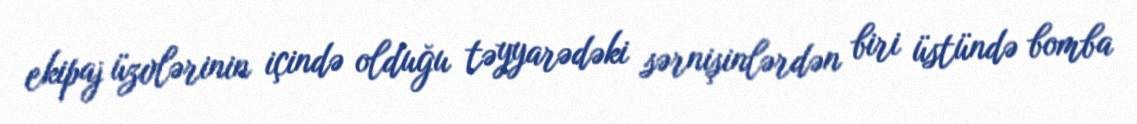
ekipaj üzvlərinin içində olduğu təyyarədəki sərnişinlərdən biri üstündə bomba